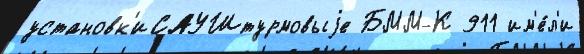
установк'иСАУШтурмовыjе БММ-К 911 им'е́л'и